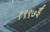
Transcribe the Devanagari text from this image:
१९९७ई